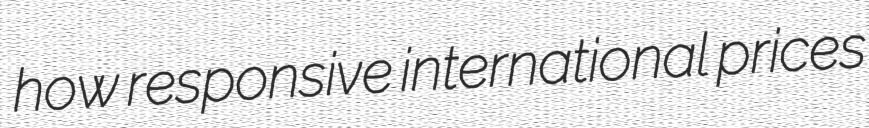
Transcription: how responsive international prices